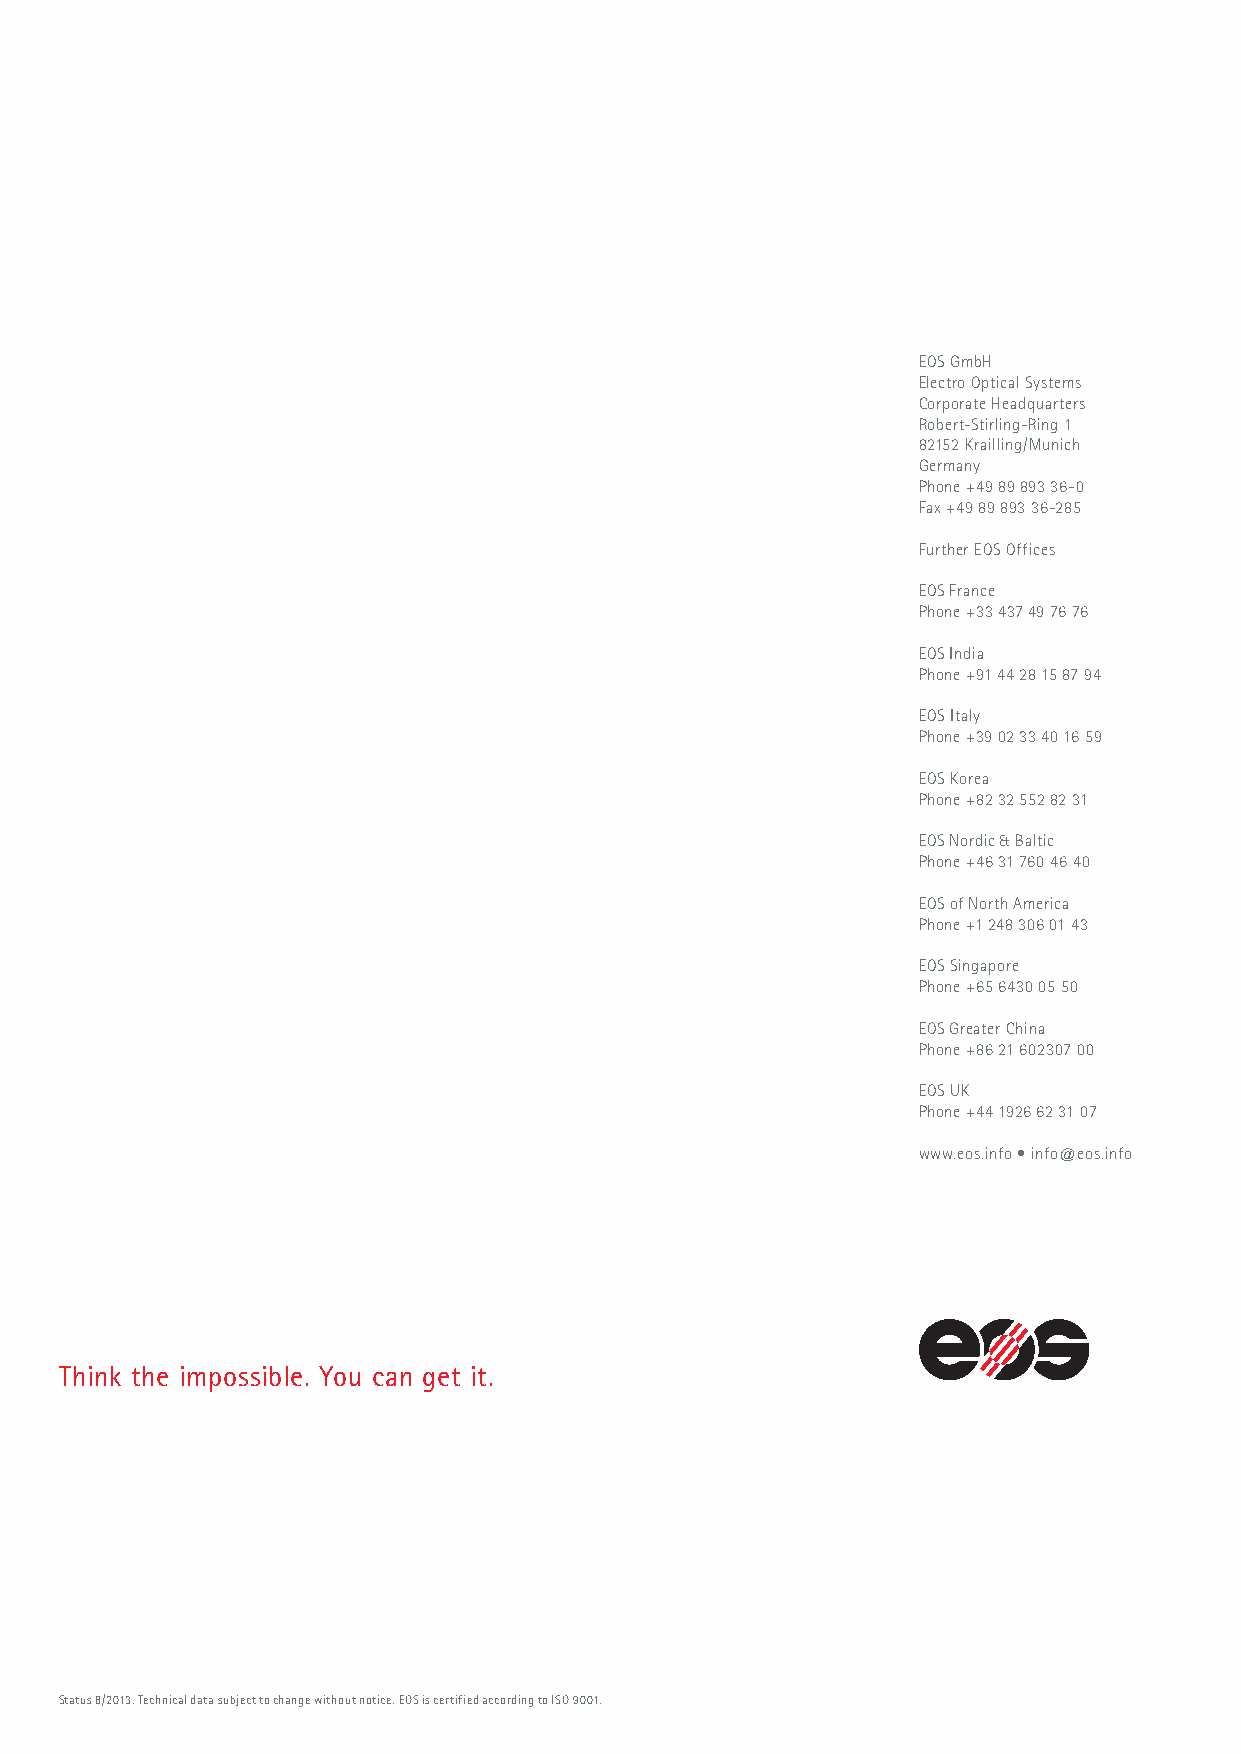
EOS GmbH
 Electro Optical Systems
 Corporate Headquarters
 Robert-Stirling-Ring 1
 82152 Krailling/Munich
 Germany
 Phone +49 89 893 36-0
 Fax +49 89 893 36-285
 Further EOS Offices
 EOS France
 Phone +33 437 49 76 76
 EOS India
 Phone +91 44 28 15 87 94
 EOS Italy
 Phone +39 02 33 40 16 59
 EOS Korea
 Phone +82 32 552 82 31
 EOS Nordic & Baltic
 Phone +46 31 760 46 40
 EOS of North America
 Phone +1 248 306 01 43
 EOS Singapore
 Phone +65 6430 05 50
 EOS Greater China
 Phone +86 21 602307 00
 EOS UK
 Phone +44 1926 62 31 07
 www.eos.info • info@eos.info
 Think the impossible. You can get it.
 Status 8/2013. Technical data subject to change without notice. EOS is certified according to ISO 9001.